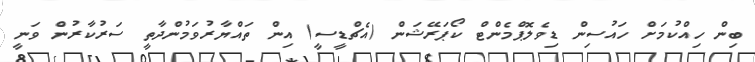
ބިން ހިއްކުމަށް ހައުސިން ޑިވެލޮޕްމެންޓް ކޯޕަރޭޝަން (އެޗްޑީސީ) އިން ތައްޔާރުވަމުންދާތީ ސަރުކާރުން ވަނީ